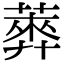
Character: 𦻣